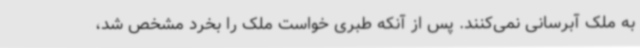
به ملک آبرسانی نمی‌کنند. پس از آنکه طبری خواست ملک را بخرد مشخص شد،